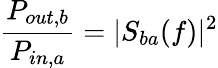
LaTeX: \frac{P_{out,b}}{P_{in,a}}=|S_{ba}(f)|^{2}